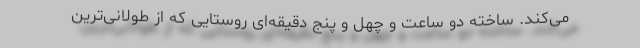
می‌کند. ساخته دو ساعت و چهل و پنج دقیقه‌ای روستایی که از طولانی‌ترین